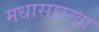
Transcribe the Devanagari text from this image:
मधासारखा